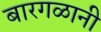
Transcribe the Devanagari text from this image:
बारगळानी